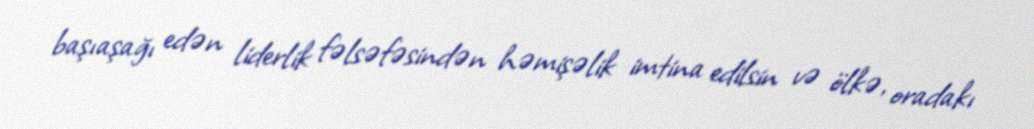
başıaşağı edən liderlik fəlsəfəsindən həmişəlik imtina edilsin və ölkə, oradakı